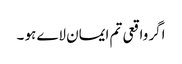
اگر واقعی تم ایمان لاے ہو ۔